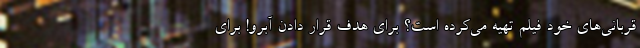
قربانی‌های خود فیلم تهیه می‌کرده است؟ برای هدف قرار دادن آبرو! برای